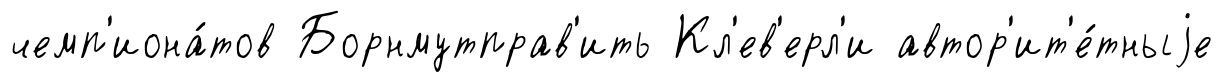
чемп'иона́тов Борнмутправ'ить Кл'ев'ерл'и автор'ит'е́тныjе